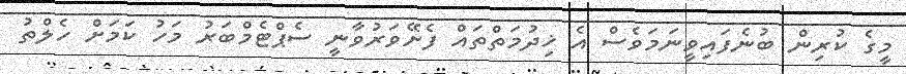
މީގެ ކުރިން ބުނެފައިވީނަމަވެސް އެ ޚިދުމަތްތައް ފެށޭވަރުވާނީ ސެޕްޓެމްބަރު މަހު ކަމަށް ހެލްތު